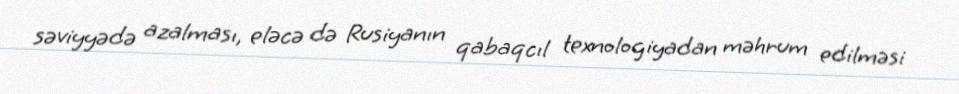
səviyyədə azalması, eləcə də Rusiyanın qabaqcıl texnologiyadan məhrum edilməsi